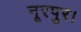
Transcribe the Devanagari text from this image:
नूरपुर।